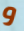
و